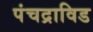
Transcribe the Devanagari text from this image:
पंचद्राविड